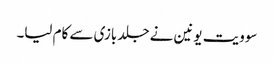
سوویت یونین نے جلد بازی سے کام لیا۔